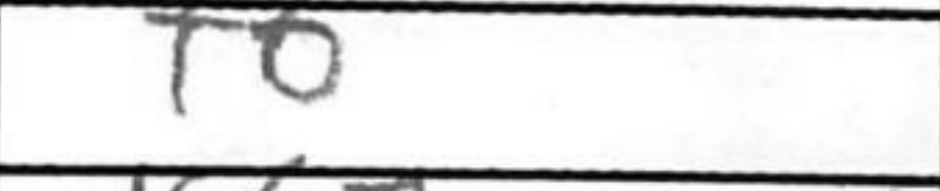
Transcription: f6